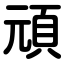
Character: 頑